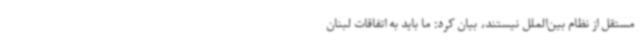
مستقل از نظام بین‌الملل نیستند، بیان کرد: ما باید به اتفاقات لبنان